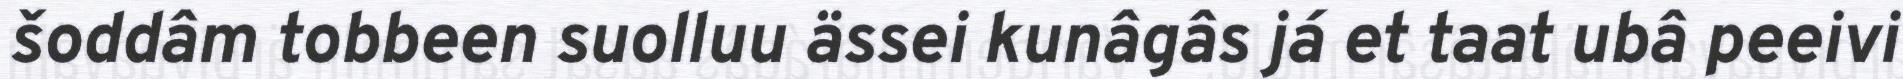
šoddâm tobbeen suolluu ässei kunâgâs já et taat ubâ peeivi